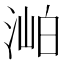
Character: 𣶎